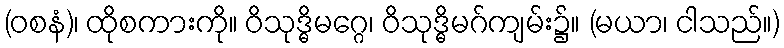
(ဝစနံ)၊ ထိုစကားကို။ ဝိသုဒ္ဓိမဂ္ဂေ၊ ဝိသုဒ္ဓိမဂ်ကျမ်း၌။ (မယာ၊ ငါသည်။)